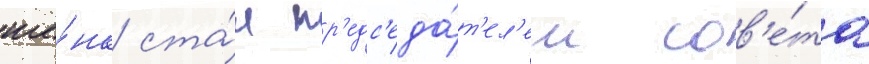
ше́нк ста́л пр'едс'еда́т'ел'ем сов'е́та